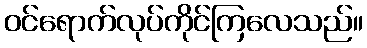
ဝင်ရောက်လုပ်ကိုင်ကြလေသည်။